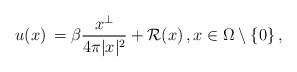
LaTeX: \begin{align*}u(x) \, = \beta \frac{x^{\bot}}{4\pi|x|^2} + \mathcal{R}(x)\,, x\in \Omega\setminus \{0\}\,,\end{align*}